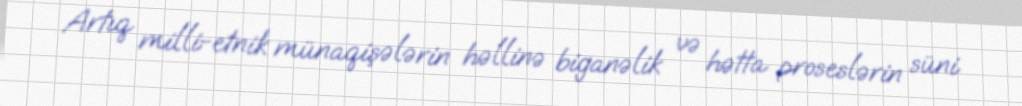
Artıq milli-etnik münaqişələrin həllinə biganəlik və hətta proseslərin süni